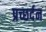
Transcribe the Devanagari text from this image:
प्रच्छर्दन